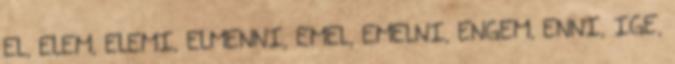
EL, ELEM, ELEMI, ELMENNI, EMEL, EMELNI, ENGEM, ENNI, IGE,